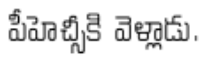
పీహెచ్సీకి వెళ్లాడు.